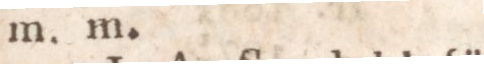
m. m.